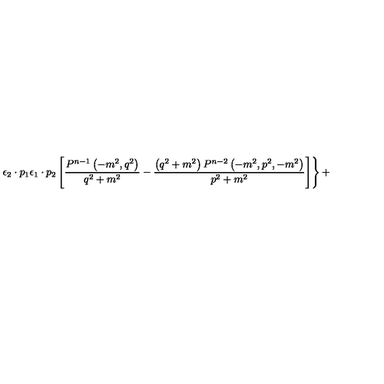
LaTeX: \left. { { \epsilon } _ { 2 } \cdot p _ { 1 } { \epsilon } _ { 1 } \cdot p _ { 2 } \left[ \frac { P ^ { n - 1 } \left( - m ^ { 2 } , q ^ { 2 } \right) } { q ^ { 2 } + m ^ { 2 } } - \frac { \left( q ^ { 2 } + m ^ { 2 } \right) P ^ { n - 2 } \left( - m ^ { 2 } , p ^ { 2 } , - m ^ { 2 } \right) } { p ^ { 2 } + m ^ { 2 } } \right] } \right\} +